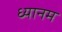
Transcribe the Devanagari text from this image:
ध्यानम